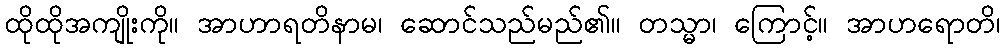
ထိုထိုအကျိုးကို။ အာဟာရတိနာမ၊ ဆောင်သည်မည်၏။ တသ္မာ၊ ကြောင့်။ အာဟရောတိ၊